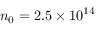
n _ { 0 } = 2 . 5 \times 1 0 ^ { 1 4 }